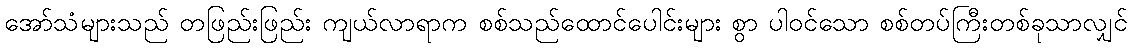
အော်သံများသည် တဖြည်းဖြည်း ကျယ်လာရာက စစ်သည်ထောင်ပေါင်းများ စွာ ပါဝင်သော စစ်တပ်ကြီးတစ်ခုသာလျှင်